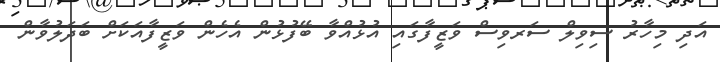
އަދި މިހާރު ސިވިލް ސަރވިސް ވަޒީފާގައި އުޅުއްވާ ބޭފުޅުން އެހެން ވަޒީފާއަކަށް ބަދަލުވާން